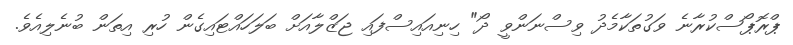
ޕްރޮޕޯސްކުރާނެ ވަގުތަކާމެދު ވިސްނަންވީ ދޯ" ހިނިއައިސްފައި ޖަޒްލާއަށް ބަލަހައްޓައިގެން ހުރި އިތަން ބުނެލިއެވެ.